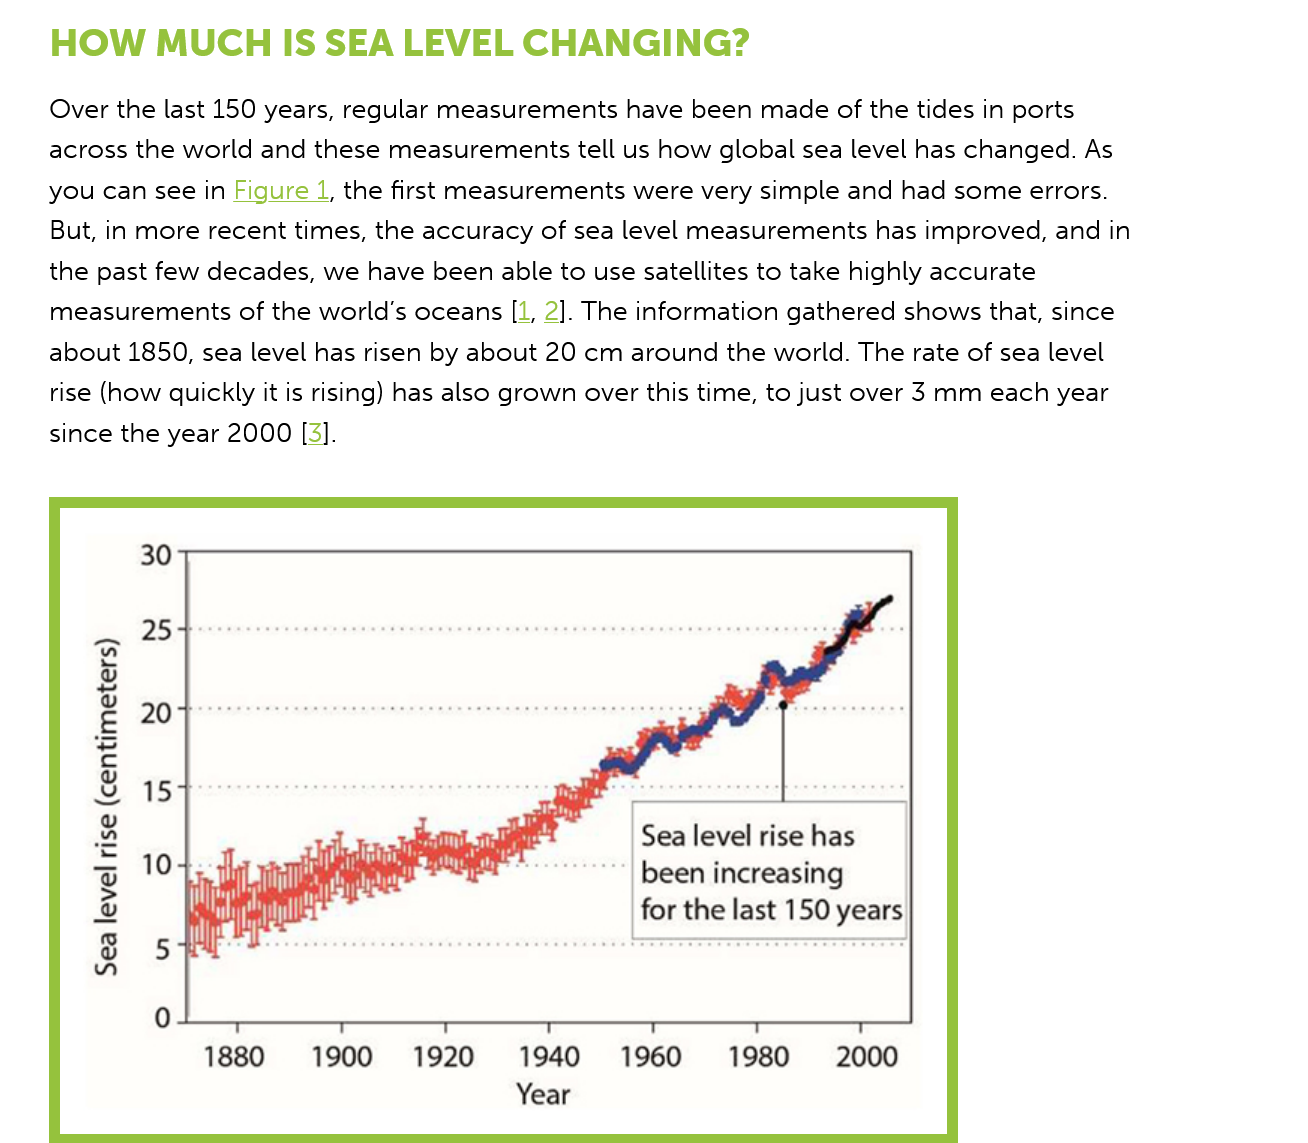
HOW    MUCH  IS    SEA  LEVEL   CHANGING?
    Over the last 150 years, regular measurements have been made of the tides in ports
    across the world and these measurements tell us how global sea level has changed. As
    you can see in Figure
     1,
     the first measurements were very simple and had some errors.
    But, in more recent times, the accuracy of sea level measurements has improved, and in
    the past few decades, we have been able to use satellites to take highly accurate
    measurements of the world’s oceans [1, 2]. The information gathered shows that, since
    about 1850, sea level has risen by about 20 cm around the world. The rate of sea level
    rise (how quickly it is rising) has also grown over this time, to just over 3 mm each year
    since the year 2000 [3].

     Sea level rise has
     been increasing
     for the last 150 years
     Sea
     level
     rise
     (centimeters)
     1880   1900   1920   1940   1960    1980   2000
     Year
     a
     aA
     &&
     2
     “1
     1S
     (S49}9WUIZUSD)
     ASH
     [2AB]
     BBS
     1880   1900   1920   1940   1960    1980   2000
     Year